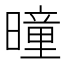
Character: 曈